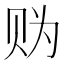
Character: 𧹑